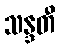
သန္ဒတီ